Civil Veterinary Dept. Bombay admin report 1932-41 - 1932-1941
Year: 1932
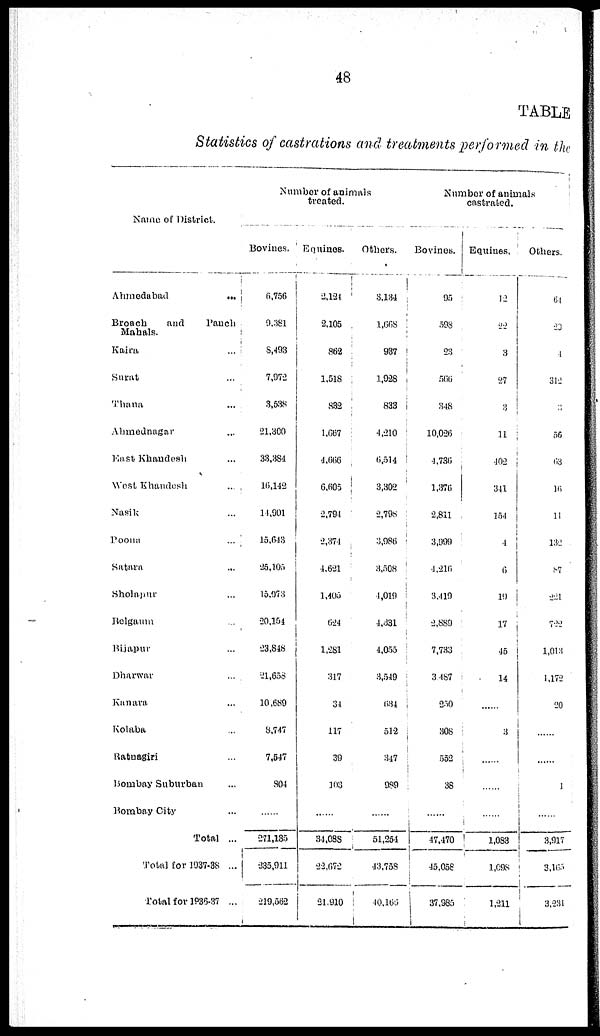
48
TABLE
Statistics of castrations and treatments performed in the
Name of District.
Ahmedabad
...
Broach
and
Pauch
Mahals.
Kaira ...
Surat ...
Thana ...
Ahmednagar ...
East Khandesh ...
West Khandesh ...
Nasik ...
Poona ...
Satara ...
Sholapur ...
Belgaum ...
Bijapur ...
Dharwar ...
Kanara ...
Kolaba ...
Ratnagiri ...
Bombay Suburban ...
Bombay City ...
Total ...
Total for 1937-38 ...
Total for 1936-37 ...
Number of animals
treated.
Bovines.
6,756
9,381
8,493
7,972
3,538
21,300
33,384
16,142
11,901
15,6-13
25,105
15,073
20,151
23,848
21,658
10,689
8,747
7,547
804
......
271,135
235,911
219,562
Equines.
2,124
2,105
862
1,518
832
1,667
4,666
6,605
2,794
2,371
4,621
1,405
624
1,281
317
34
117
39
103
......
34,088
22,672
21,910
Others.
3,134
1,668
937
1,928
833
4,210
6,514
3,302
2,798
3,986
3,508
4,019
4,331
4,055
3,549
634
512
347
989
......
51,251
43,758
40,166
Number of animals
castrated.
Bovines.
95
598
23
566
348
10,026
4,736
1,376
2,811
3,999
4,216
3,419
2,889
7,733
3487
250
308
552
38
......
47,470
45,058
37,985
Equities.
12
22
3
27
...
11
402
341
154
4
6
19
17
45
14
......
3
......
......
......
1,083
1,098
1,211
Others.
64
23
4
312
...
56
63
16
11
132
87
221
722
1,013
1,172
20
......
......
1
......
3,917
3,165
3,231